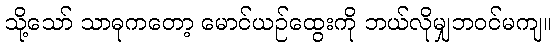
သို့သော် သာဓုကတော့ မောင်ယဉ်ထွေးကို ဘယ်လိုမျှဘဝင်မကျ။